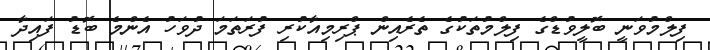
ފިލްމުވަނީ ބޮލީވުޑްގެ ފިލްމުތަކުގެ ތެރެއިން ޕްރިމިއާކުރި ފުރަތަމަ ދުވަހު އެންމެ ބޮޑު ފައިދާ